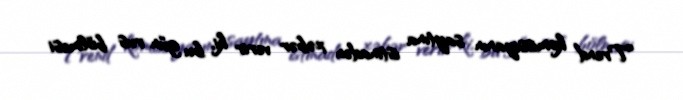
Trend komissiyanın saytına istinadən xəbər verir ki, bu gün rus bölməsi